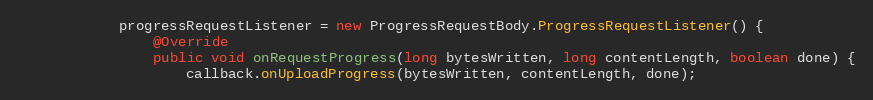
Language: Java
            progressRequestListener = new ProgressRequestBody.ProgressRequestListener() {
                @Override
                public void onRequestProgress(long bytesWritten, long contentLength, boolean done) {
                    callback.onUploadProgress(bytesWritten, contentLength, done);